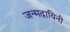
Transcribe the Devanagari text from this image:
जन्मदायिनी